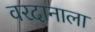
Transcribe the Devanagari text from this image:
वरदानाला